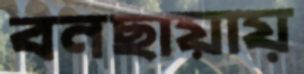
বনছায়ায়